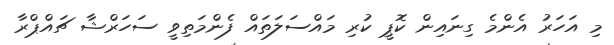
މި އަހަރު އެންމެ ގިނައިން ކޮޕީ ކުރި މައްސަލަތައް ފެންމަތިވީ ސަހަރްޝާ ޗައްޕްރާ